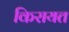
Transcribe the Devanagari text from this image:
किरायत